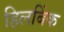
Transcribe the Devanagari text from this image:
हिलबिंक